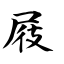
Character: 屐